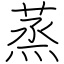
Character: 蒸